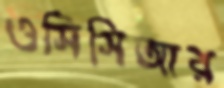
ওসিসিআর